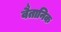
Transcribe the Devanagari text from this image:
वैतानिक